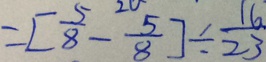
= [ \frac { 5 } { 8 } - \frac { 5 } { 8 } ] \div \frac { 1 6 } { 2 3 }